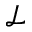
\mathcal { L }